Scientific memoirs by medical officers of the Army of India - Part VII,
Year: 1892
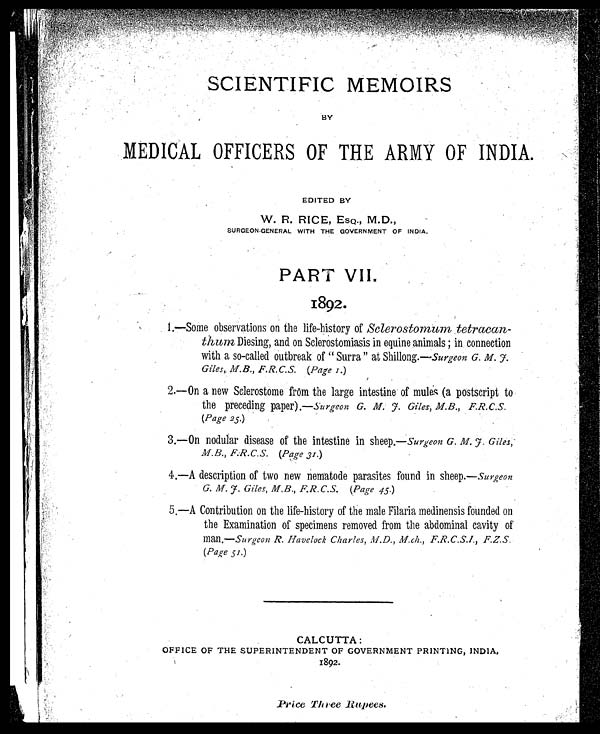
•
SCIENTIFIC MEMOIRS
BY
MEDICAL OFFICERS OF THE ARMY OF INDIA.
EDITED BY
W. R. RICE, ESQ., M.D.,
SURGEON GENERAL WITH THE GOVERNMENT OF INDIA.
PART VII.
•
1892.
1.—Some observations on the life-history of Sclerostomum tetracan-
thum, Diesing, and on Sclerostomiasis in equine animals; in connection
with a so-called outbreak of " Surra " at Shillong.— surgeon G. M. f.
Giles, M.B., F.R.C.S. (Page 1.)
2.—On a new Selerostome from the large intestine of mules (a postscript to
the preceding paper),—surgeon G. M. f. Giles, M.B., F.R.C.S.
(Page 25.)
3.—On nodular disease of the intestine in sheep.— Surgeon G. M. f. Giles,
M.B., F.R.C.S. (Page 31. )
4.—A description of two new nematode parasites found in sheep.— Surgeon
G. M. f. Giles, M.B., F.R.C.S. (Page 45. )
5.—A Contribution on the life-history of the male Filaria medinensis founded on
the Examination of specimens removed from the abdominal cavity of
Man.—Surgeon R. Havelock Charles, M.D., M.ch., F.R.C.S.I., F.Z.S.
( Page 51. )
CALCUTTA :
OFFICE OF THE SUPERINTENDENT OF GOVERNMENT PRINTING, INDIA,
1892.
Price Three Rupees.